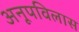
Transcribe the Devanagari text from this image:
अनूपविलास